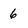
Character: 6